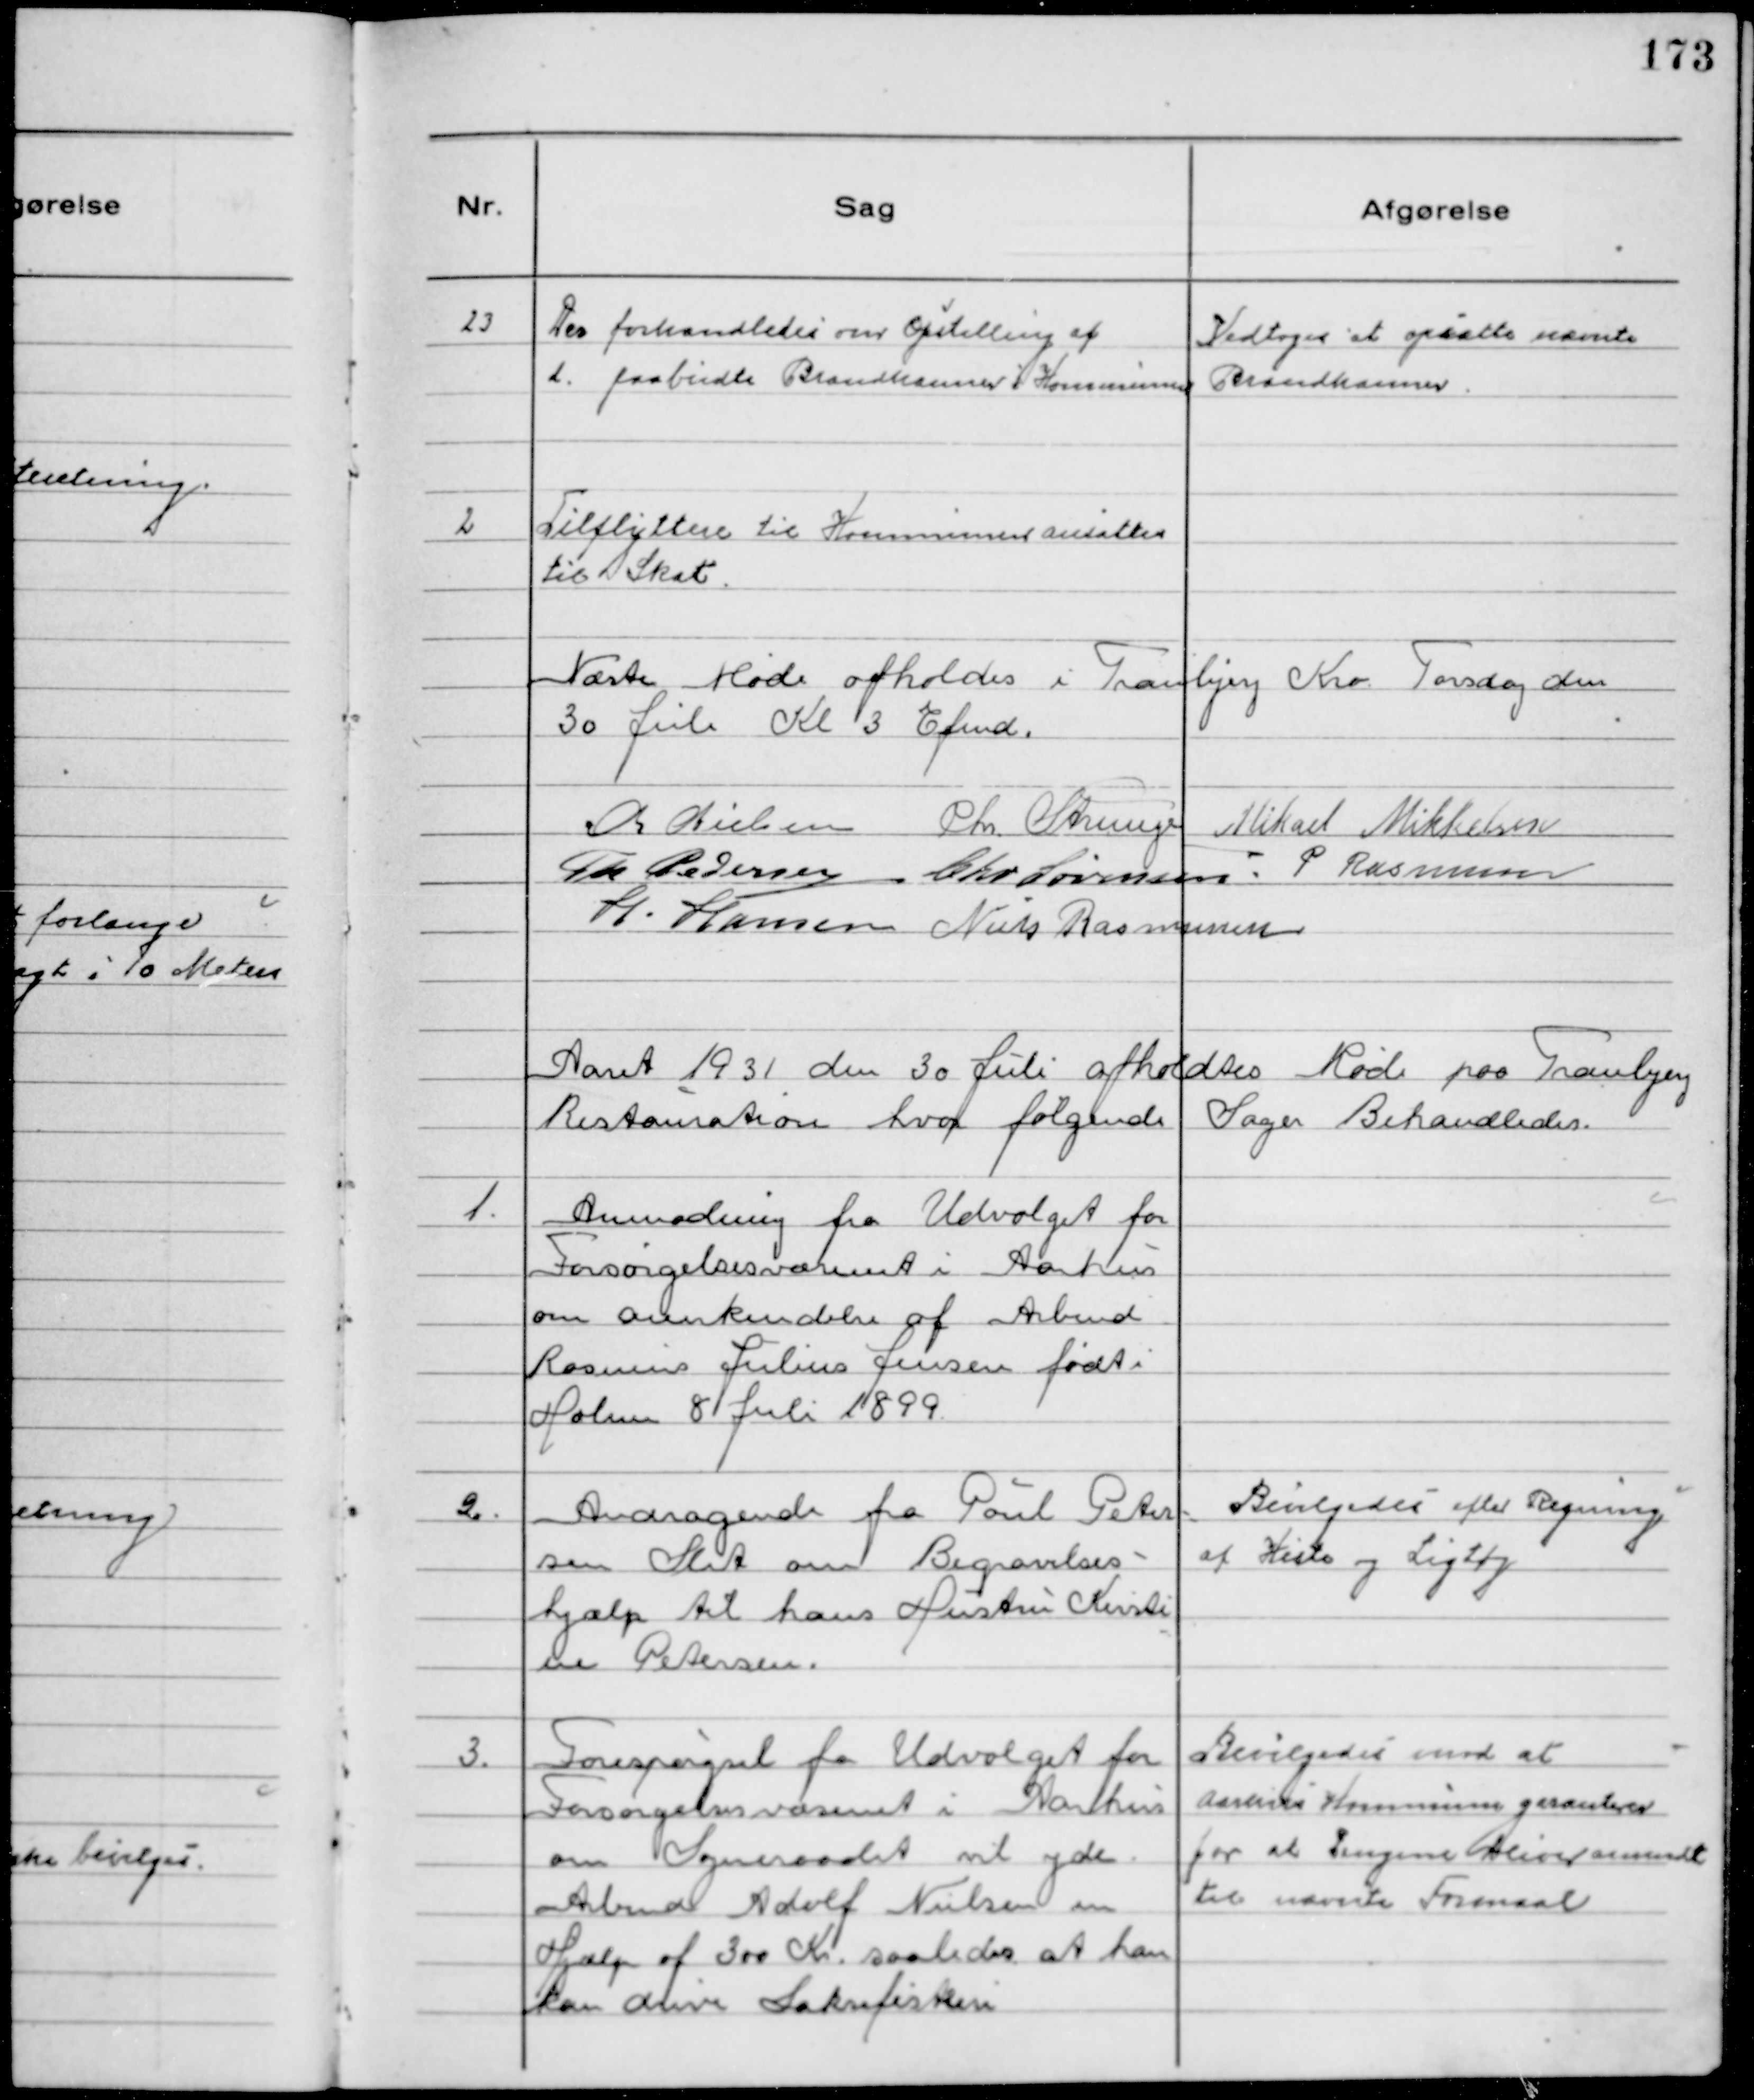
Transskription:
23
Der forhandledes om Opstilling af
d. paabudte Brandhaner i Kommunen

Vedtoges at opsætte nævnte
Brandhaner.

2
Tilflyttere til Kommunen ansattes
til Skat.

Næste Møde afholdes i Tranbjerg Kro Torsdag den
30 Juli Kl 3 Efmd.
Chr Nielsen Chr Strunge Mikael Mikkelsen
Th Pedersen Chr Sørensen. P. Rasmussen
H. Hansen Niels Rasmussen

Aaret 1931 den 30 Juli afholdtes Møde paa Tranbjerg
Restauration hvor følgende Sager Behandledes.

1.
Anmodning fra Udvalget for
Forsørgelsesvæsenet i Aarhus
om anerkendelse af Arbmd
Rasmus Julius Jensen født i
Holme 8 Juli 1899.

2.
Andragende fra Poul Peter-
sen Slet om Begravelses-
hjælp til hans Hustru Kirsti
ne Petersen.

Bevilgedes efter Regning
af Kiste og Ligtøj

3.
Forespørgsel fra Udvalget for
Forsørgelsesvæsenet i Aarhus
om Sogneraadet vil yde
Arbmd Adolf Nielsen en
Hjælp af 300 Kr. saaledes at han
kan drive Laksefiskeri

Bevilgedes mod at
Aarhus Kommune garanterer
for at Pengene bliver anvendt
til nævnte Formaal